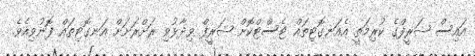
އައިސް ޝަރީފްގެ ކުރިމަތީ އެއަނގޮޓިތައް ޓެސްޓްކޮށް ޝަރީފް ވިދާޅުވި ރަށްރަށަށް އަނގޮޓިތައް ފޮނުވިއެވެ.